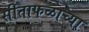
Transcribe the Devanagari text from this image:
सीताफळाच्या